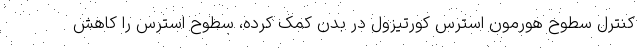
کنترل سطوح هورمون استرس کورتیزول در بدن کمک کرده، سطوح استرس را کاهش